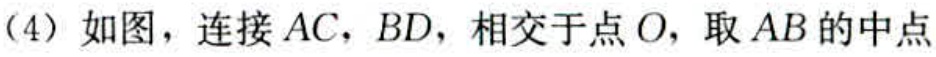
(4) 如图，连接 \(AC\)，\(BD\)，相交于点 \(O\)，取 \(AB\) 的中点